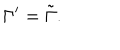
\Gamma ^ { \prime } = \tilde { \Gamma } .